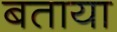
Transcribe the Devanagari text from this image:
बताया